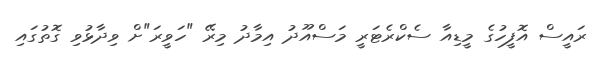
ރައީސް އޮފީހުގެ މީޑިއާ ސެކްރެޓަރީ މަސްއޫދު އިމާދު މިރޭ "ހަވީރަ"ށް ވިދާޅުވި ގޮތުގައި